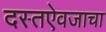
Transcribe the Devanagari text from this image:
दस्तऐवजाचा